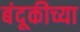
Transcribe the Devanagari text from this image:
बंदूकीच्या